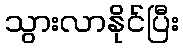
သွားလာနိုင်ပြီး